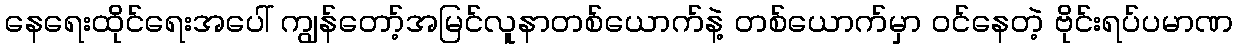
နေရေးထိုင်ရေးအပေါ် ကျွန်တော့်အမြင်လူနာတစ်ယောက်နဲ့ တစ်ယောက်မှာ ဝင်နေတဲ့ ဗိုင်းရပ်ပမာဏ